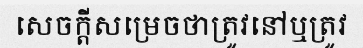
សេចក្តីសម្រេចថាត្រូវនៅឬត្រូវ